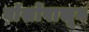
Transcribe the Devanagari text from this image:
वॉर्सोपासून